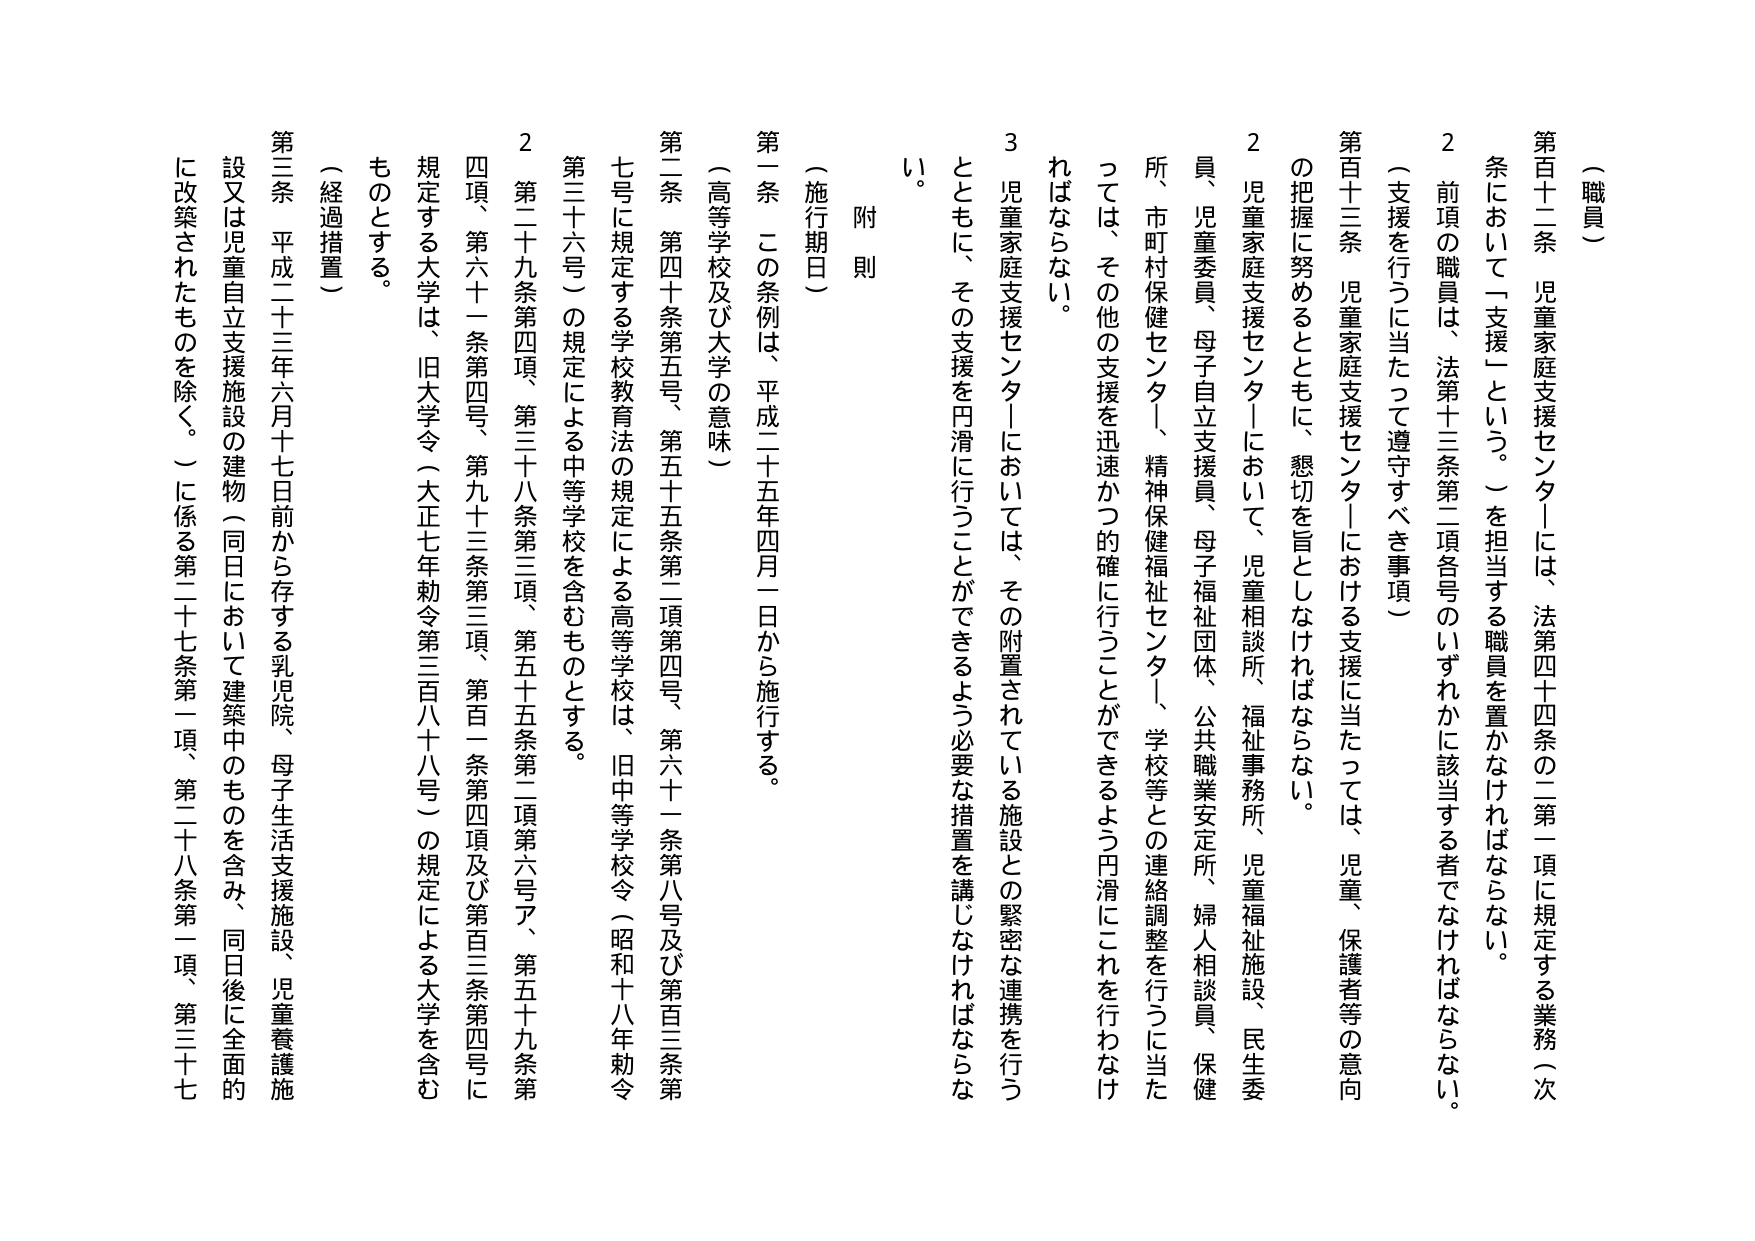
（職員）

第百十二条 児童家庭支援センターには、法第四十四条の二第一項に規定する業務（次条において「支援」という。）を担当する職員を置かなければならない。

２ 前項の職員は、法第十三条第二項各号のいずれかに該当する者でなければならない。

（支援を行うに当たって遵守すべき事項）

第百十三条 児童家庭支援センターにおける支援に当たっては、児童、保護者等の意向の把握に努めるとともに、懇切を旨としなければならない。

２ 児童家庭支援センターにおいて、児童相談所、福祉事務所、児童福祉施設、民生委員、児童委員、母子自立支援員、母子福祉団体、公共職業安定所、婦人相談員、保健所、市町村保健センター、精神保健福祉センター、学校等との連絡調整を行うに当たっては、その他の支援を迅速かつ的確に行うことができるよう円滑にこれを行わなければならない。

３ 児童家庭支援センターにおいては、その附置されている施設との緊密な連携を行うとともに、その支援を円滑に行うことができるよう必要な措置を講じなければならない。

附 則

（施行期日）

第一条 この条例は、平成二十五年四月一日から施行する。

（高等学校及び大学の意味）

第二条 第四十条第五号、第五十五条第二項第四号、第六十一条第八号及び第百三条第七号に規定する学校教育法の規定による高等学校は、旧中等学校令（昭和十八年勅令第三十六号）の規定による中等学校を含むものとする。

２ 第二十九条第四項、第三十八条第三項、第五十五条第二項第六号ア、第五十九条第四項、第六十一条第四号、第九十三条第三項、第百一条第四項及び第百三条第四号に規定する大学は、旧大学令（大正七年勅令第三百八十八号）の規定による大学を含むものとする。

（経過措置）

第三条 平成二十三年六月十七日前から存する乳児院、母子生活支援施設、児童養護施設又は児童自立支援施設の建物（同日において建築中のものを含み、同日後に全面的に改築されたものを除く。）に係る第二十七条第一項、第二十八条第一項、第三十七条